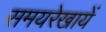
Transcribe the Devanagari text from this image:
समयरेखायें